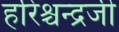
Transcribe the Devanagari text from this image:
हरिश्चन्द्रजी